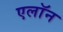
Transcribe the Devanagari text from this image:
एलाॅन